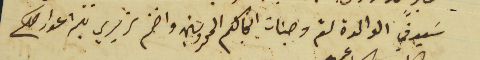
سيدتي الوالدة لثم وجنات انجالكم المحروسين واختم تحريري بلثم اعواركم